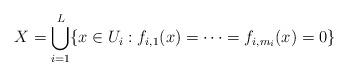
LaTeX: \begin{align*}X=\bigcup_{i=1}^L \{ x \in U_i : f_{i,1}(x)=\cdots= f_{i,m_i}(x)=0\}\end{align*}